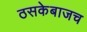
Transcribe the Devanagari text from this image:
ठसकेबाजच